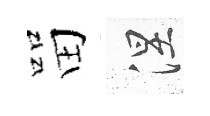
㽞涅